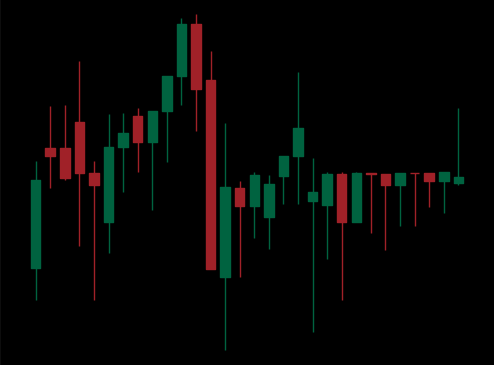
Pattern: unclassified